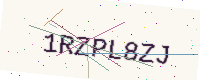
Text: 1RZPL8ZJ